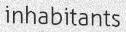
inhabitants